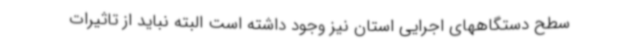
سطح دستگاههای اجرایی استان نیز وجود داشته است البته نباید از تاثیرات